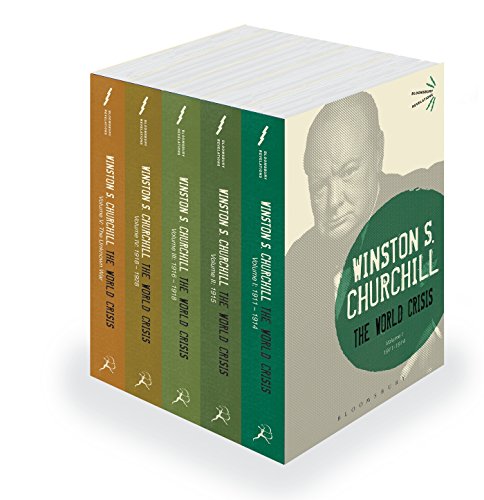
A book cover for The World Crisis: The Complete Set; Sir Winston S. Churchill; History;